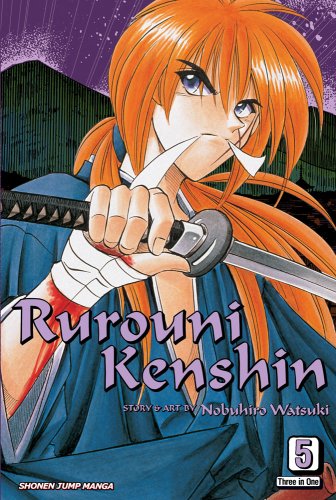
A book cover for Rurouni Kenshin, Vol. 5 (VIZBIG Edition); Nobuhiro Watsuki; Comics & Graphic Novels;